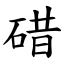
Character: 碏